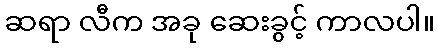
ဆရာ လီက အခု ဆေးခွင့် ကာလပါ။